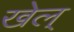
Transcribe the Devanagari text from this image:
खेल्